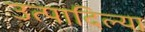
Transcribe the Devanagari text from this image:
उत्पादिल्या